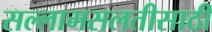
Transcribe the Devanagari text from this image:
सल्लामसलतीसाठी